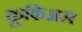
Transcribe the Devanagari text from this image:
कूफिअस